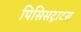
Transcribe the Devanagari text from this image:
पिसिसट्राटस